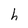
Character: h